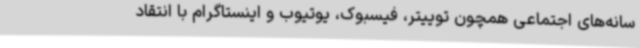
سانه‌های اجتماعی همچون توییتر، فیسبوک، یوتیوب و اینستاگرام با انتقاد